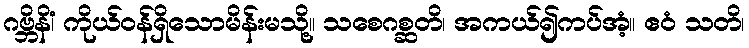
ဂဗ္ဘိနိံ၊ ကိုယ်ဝန်ရှိသောမိန်းမသို့။ သစေဂစ္ဆတိ၊ အကယ်၍ကပ်အံ့။ ဧဝံ သတိ၊